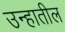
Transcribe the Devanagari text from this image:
उन्हातील